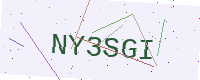
Text: NY3SGI